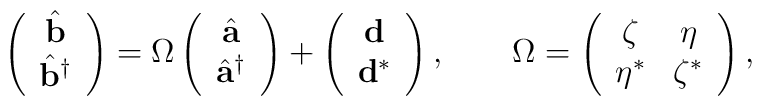
\left(\begin{array}{c}\hat {{\bf b}}\\\hat {{\bf b}}^{\dagger}\end{array}\right)=\Omega\left(\begin{array}{c}\hat {{\bf a}}\\\hat {{\bf a}}^{\dagger}\end{array}\right)+\left(\begin{array}{c}{\bf d}\\{\bf d}^{*}\end{array}\right),\qquad\Omega =\left(\begin{array}{cc}\zeta&\eta\\\eta^{*}&\zeta^{*}\end{array}\right),